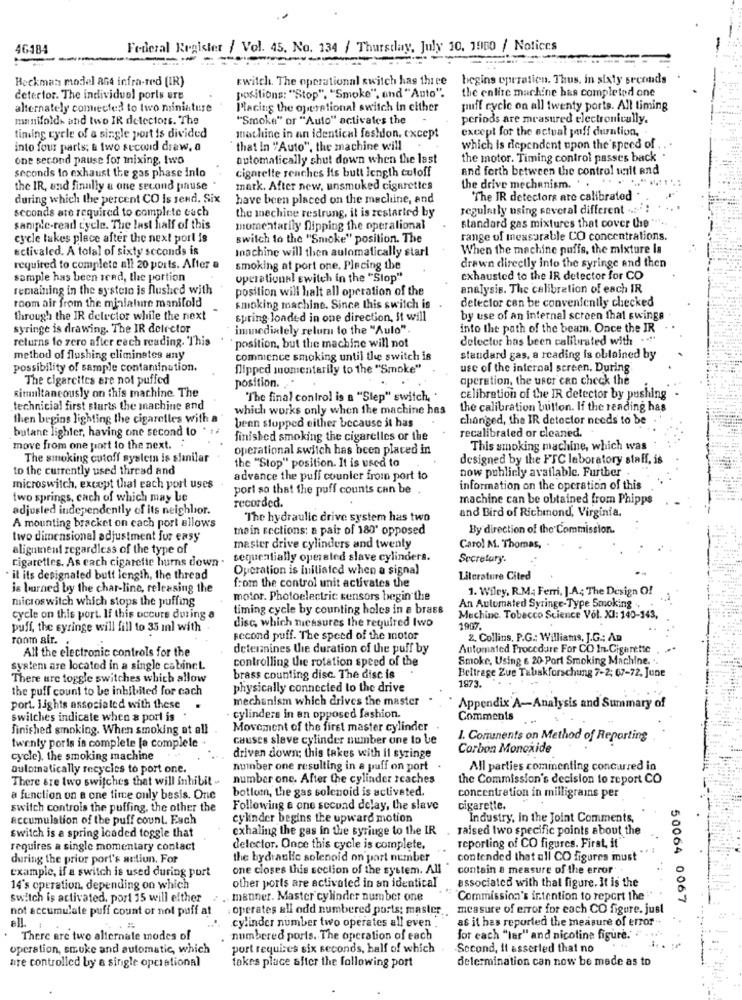
46184
Federal Register / Vol. 45. No. 134 / Thursday, July 10, 1900 / Notices
Beckman model an4 infra-red (IR)
twitch. The operational switch has three
begins operation. Thus, in sixty seconds
the entire machine has completed one
deterfor. The individuel poris ure
positions: "Stop", "Smoke", and "Auto".
alternately comected to two miniature
Placing the operational switch in either
puff cycic on all twenty ports. All timing
manifolds and two IR detectors. The
"Smoke" or "Auto" activales the
periods are measured electronically.
except for the actual jeff duration.
timing cycle of a single port is divided
machine in an identical fashion. except
into four parts; & two second draw, a
that in "Auto", the machine will
which is dependent upon the speed of
one second pause for mixing, Iwo
automatically shut down when the last
the motor. Timing control passes back .
cigarette reaches Its butt length cutoff
and forth between the control unit and
seconds to exhaust the gas phase into
the IR, and finally a one second pause .
mark. After new, unsmoked cigarettes
the drive mechanism. .
during which the percent CO Is send. Six
have been placed on the machine, and
The IR detectors ate calibrated
seconds ate required to complete cach
the mechine restrung, it is restarted by
regularly using several different ... .:
sample-read cycle. The last half of this
momentarily flipping the operational
standard gas mixtures that cover the
cycle takes place after the next porl is
switch to the "Smoke" position. The
range of measurable CO concentrations.
activaled. A total of sixty seconds is
Inachine will then aulomatically start
When the machine puffs, the mixture la
required to complete all 20 ports. After a
smoking at port one, Placing the
drawn directly into the syringe and then
sample has been send, the portion
operations! switch in the "Stop"
exhausted to the IR detector for CO
remaining in the systelo is flushed with
position will halt all operation of the
analysis. The calibration of each IR
room air from the miniature manifold
detector con be conveniently checked
smoking machine. Since this switch is
through the IR detector while the next
spring loaded in one direction, It will
by use of an internal screen that swings
syringe is drawing. The IR delector
immediately return to the "Aulo".
into the path of the beam. Once the IR
returns lo zero after cech reading. This
delector has been calibrated with .. "
position, but the machine will not
method of flushing eliminates any
commence smoking until the switch is
standard gas, a reading is obtained by
possibility of sample contamination.
flipped momentarily to the "Smoke"
use of the internal screen. During
The cigarcites are not puffed
position. ..
operation, the user can check the
simultaneously on this machine The
"The final control is a "Step" switch,
calibration of the IR detector by pushing
technicial first starts the machine and
which works only when the machine has
the calibration button. If the reading has
then begins lighting the cigaretles with
been stopped either because it has
changed, the IR detector needs to be
butane lighter, having one second to * :
recalibrated or cleaned.
finished smoking the cigaretles or the
move from one port to the next. :
operational switch has been placed in
This smoking machine, which was
The smoking cutoff system is sinilar
the "Stop" position. It is used to
designed by the FTC laboratory staff, is
to the currently used thread and
now publicly available. Further
advance the puff counter from port to
microswitch, except that each port uses
pori so that the puff counts can be
information on the operation of this
two springs, cach of which may be
recorded.
machine can be obtained from Phipps
adjusted independently of its neighbor.
and Bird of Richmond, Virginia.
The hydraulic drive system has two
A mounting bracket on cach port allows
main sections: a pair of 180' opposed
By direction of the Commission.
two dimensional adjustment fur easy
alignment regardless of the type of
master drive cylinders and twenty
Carol M. Thomas,
cigarettes. As each cigarette burns down .
sequentially operated slave cylinders.
Secretary.
Operation is initiated when a signal
· il its designated butt length, the thread
Literature Cited
is burned by the char-line, releasing the
from the control unit activates the
1. Wiley, R.M. Ferri, J.A .; The Design Of
microswitch which stops the puffing
motor. Photoelectric sensors begin the
timing cycle by counting holes in a brass
An Automated Syringe-Type Smoking .
cycle on this port. If this occurs during a
disc, which measures the required Iwo
Machine. Tobacco Science Vol. XI: 140-143,
puff, the syringe will fill to 35 ml with
1907
ronm air. .
second puff. The speed of the motor
2. Collins, P.G .: Williams, J.G .; An
All the electronic controls for the
deteranines the duration of the puff by
Automated Procedure For CO In. Cigarette
controlling the rotation speed of the
Smoke, Using 6 20 Port Smoking Machine.
system are located in a single cabinet.
Beitrage Zue Tabakforschung 7-2; 67-72. June
There are toggle switches which allow
brass counting disc. The disc is
1973
the puff count to be inhibited for cach
physically connected to the drive
mechanism which drives the master
port. lights associated with these
Appendix A-Analysis and Summary of
switches indicate when a porl is
cylinders in an opposed fashion.
Comments
finished smoking. When smoking at all
Movement of the firel master cylinder
causes slave cylinder number one to be
1. Comunents on Method of Reporting
twenty poris is complete [a complete
Carbon Monoxide
cycle). the smoking machine
driven down; this takes with il syringe
automatically recycles to port one.
number one resulting in a puff on port .
All parties cominenting concurred in
There are two switches that will inhibit -
number one. After the cylinder reaches
the Commission's decision to report CO
bottom, the gas solenoid is activated.
a function on a one time only besis. One
concentration in milligrams per
switch controls the puffing, the other the
Following a one sccund delay, the slave
cigarette.
accumulation of the puff count. Each
cylinder begins the upward motion
Industry, in the Joint Comments,
exhaling the gas in the syringe to the IR . raised two specific points about the
Ewitch is a spring icaded toggle that
requires a single momentary contact
delector. Once this cycle is complete.
reporting of CO figures. First, it"
during the prior port's actiun. For
the hydraulic solenoid on part number
contended that all CO figures must"
example, if a switch is used during port
one closes this section of the system. All
contain a measure of the error
other ports are activated in an identical
14's operation, depending on which
associated with that figure. It is the
switch is activated, port 15 will either
2 . manner. Master cylinder number one
Commission's intention to report the
not accumulate puff count or not puff at
: operates all odd numbered ports: master.
measure of error for each CO figure. just
50064 0067
ell.
as it has reported the measure of error
cylinder number two operates all even
There are two alternate modes of
numbered ports. The operation of each
for each "lar" and nicotine figure."
operation, smuke and automatic, which
port requises six seconds, half of which
Second, it asserted that no
are controlled by a single operational
determination can now be made as to
takes place after the following port